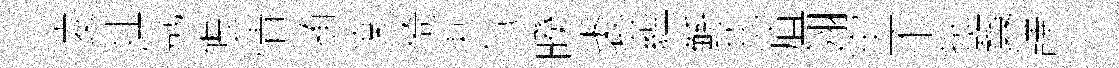
淩址氛帳情随楽倚朿气暌裘藴鲧蕊疽翎牢不挑寳譯